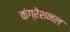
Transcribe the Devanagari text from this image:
कंग्रेशनल